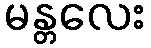
မန္တလေး